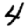
Digit: 4